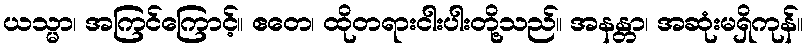
ယသ္မာ၊ အကြင်ကြောင့်။ ဧတေ၊ ထိုတရားငါးပါးတို့သည်။ အနန္တာ၊ အဆုံးမရှိကုန်။